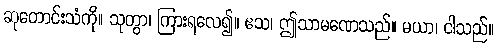
ဆုတောင်းသံကို။ သုတွာ၊ ကြားရလေ၍။ ဧသ၊ ဤသာမဏေသည်။ မယာ၊ ငါသည်။